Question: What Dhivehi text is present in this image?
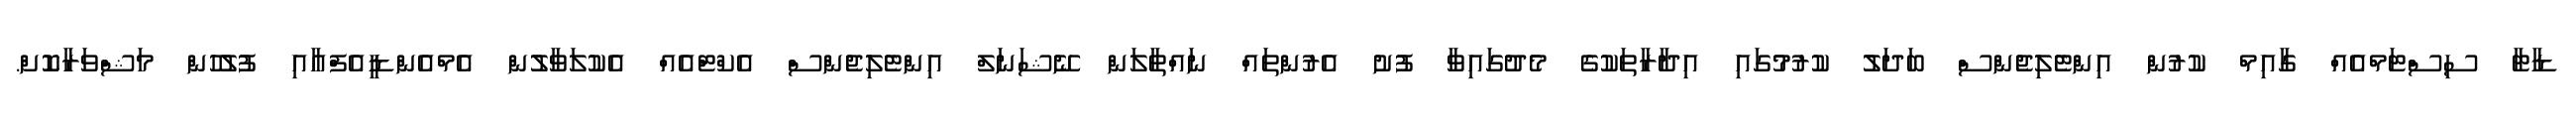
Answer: ޑާޓާ ސިސްޓަމްއެއް ގާއިމް ކުރުން އިންޓެލިޖެންސް ބަދަލު ކުރުމުގައި އިދާރާތަކުގެ މެދުގައިވާ ފުށު އެރުންތައް ނައްތާލަން ނޭޝަނަލް އިންޓެލިޖެންސް އެކްޓްއެއް އެކުލަވާލުން އެމްއެންޑީއެފްއާއި ފުލުހުން މަޝްވަރާކޮށް.